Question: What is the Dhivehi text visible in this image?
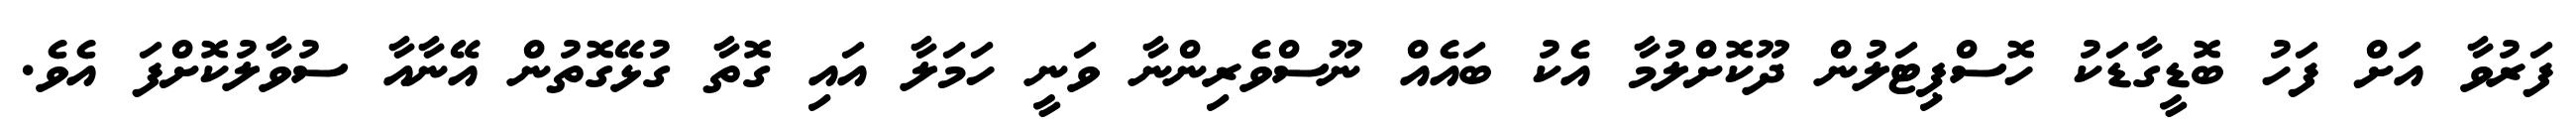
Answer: ފަރުވާ އަށް ފަހު ބޮޑީގާޑަކު ހޮސްޕިޓަލުން ދޫކޮށްލުމާ އެކު ބައެއް ނޫސްވެރިންނާ ވަނީ ހަމަލާ އައި ގޮތާ ގުޅޭގޮތުން އޭނާއާ ސުވާލުކޮށްފަ އެވެ.